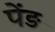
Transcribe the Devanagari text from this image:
पेंड़